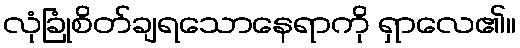
လုံခြုံစိတ်ချရသောနေရာကို ရှာလေ၏။